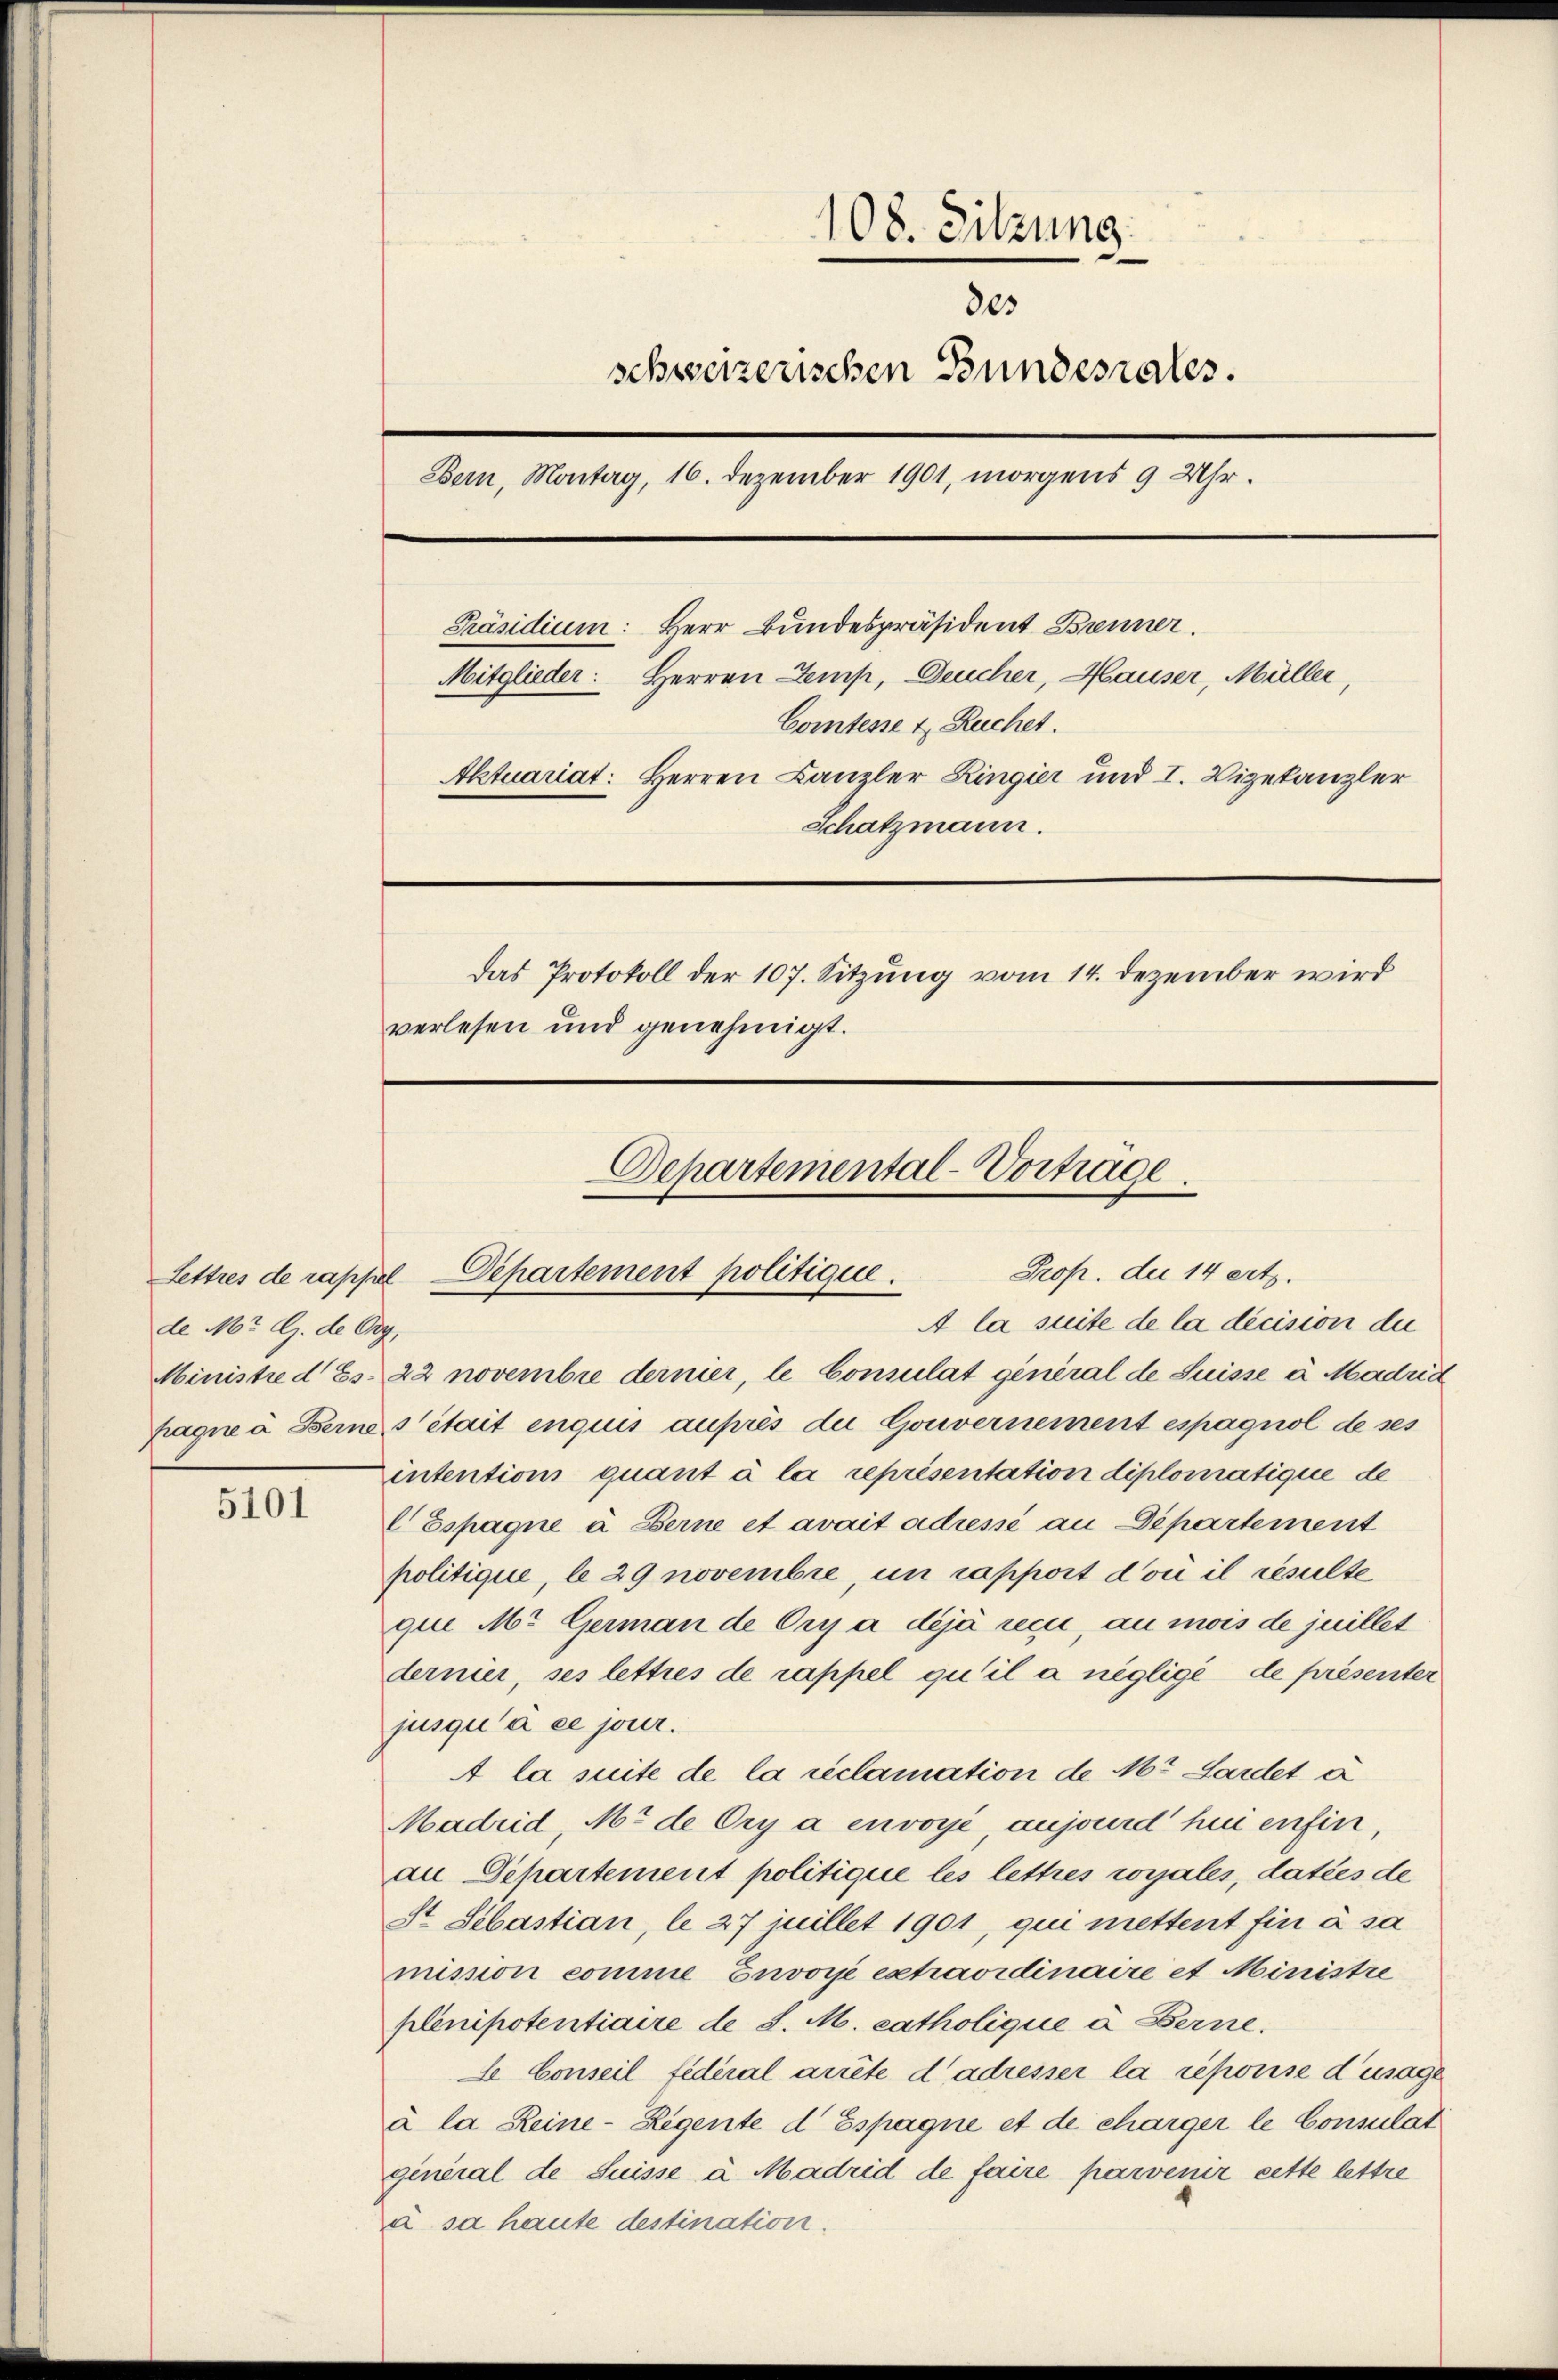
de Mr. G. de Org.

5101

108. Sitzung
des
schweizerischen Bundesrates.
Bern, Montag, 16. Dezember 1901, morgens 9 Uhr.
Präsidium: Herr Bundespräsident Brenner.
Mitglieder: Herren Semp, Deucher, Hauser, Müller,
Comtesse & Ruchet.
Aktuariat: Herren Kanzler Ringier und I. Vizekanzler
Schatzmann.
Das Protokoll der 107. Sitzung vom 14. Dezember wird
verlesen und genehmigt.

Departemental-Vortrage.
Prop. der 14 erte.
Lettres de rappel. Departement politique.

A la suite de la décision die
Ministre d Es. 22 novembre dernier, le Consulat general de Suisse à Madrid
pagne à Berne s’était enquis auprès die Gouvernement espagnol de ses
intentions quant à la représentation diplomatique de
 Espagne à Berne et avait adressé an Departement
politique, le 29 novembre, un rapport doni il resulte
que Mr. German de Cry a déjà reci, au mois de juillet
dernier, ses lettres de rappel qu’il a negligé de présenter
jusqu’à ce jener.
A la suite de la reclamation de M. Lardet a
Madrid, M. de Ory a envoyé, aujourd' hui enfin,
an Departement politique les lettres vorjales, daties de
St Sebastian, le 27 juillet 1901, qui mettent fin à sa
mission comme Envoye extraordinaire et Ministre
plenipotentiaire de d. M. catholique à Berne.
le Conseil federal arrête dadresser la repouise d’usage
à la Reine- Regente d Espagne et de charger le Consulat
general de Suisse à Madrid de faire parvenir cette lettre
u sa haute destination.